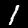
Digit: 1